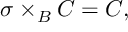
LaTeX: \sigma \times _ { B } { \cal { C } } = { \cal { C } } ,